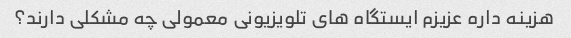
هزینه داره عزیزم ایستگاه های تلویزیونی معمولی چه مشکلی دارند؟